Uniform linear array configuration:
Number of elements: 12
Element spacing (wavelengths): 0.75
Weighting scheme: exponential
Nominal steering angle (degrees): -60
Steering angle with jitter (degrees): -61.754
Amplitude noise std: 0.05
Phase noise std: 0.05

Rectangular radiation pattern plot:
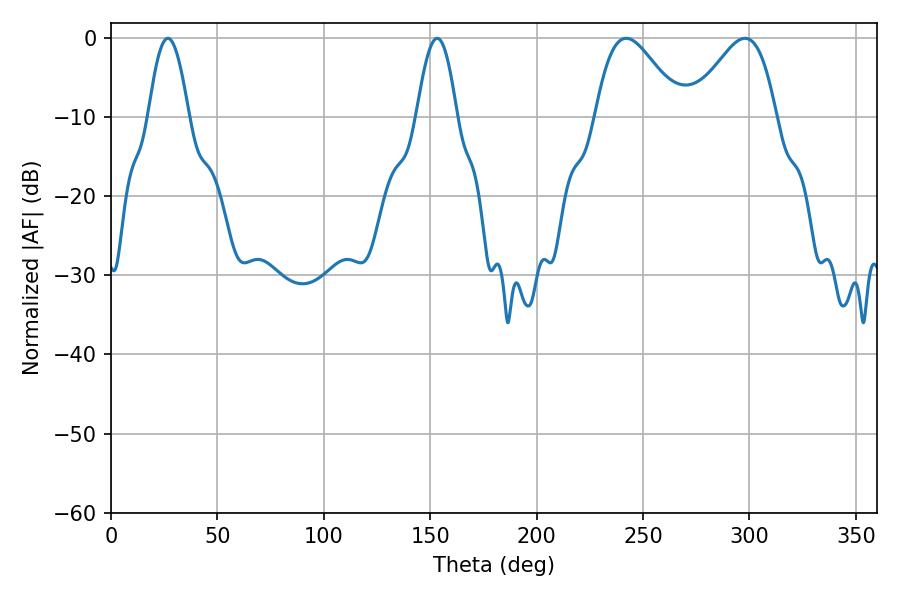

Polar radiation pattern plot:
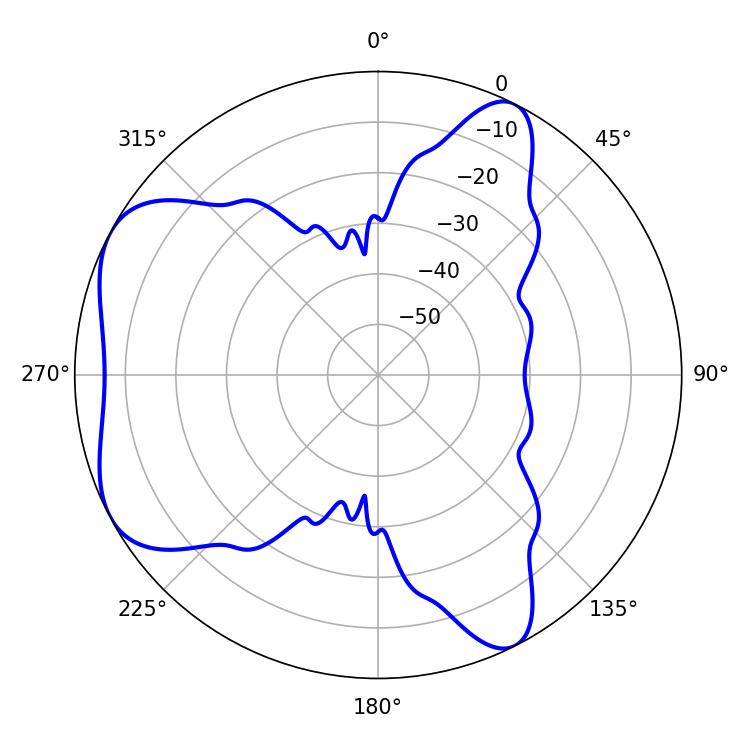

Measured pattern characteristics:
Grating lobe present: TRUE
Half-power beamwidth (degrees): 21.24
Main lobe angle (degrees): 242.1